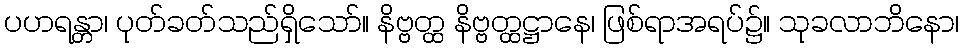
ပဟရန္တာ၊ ပုတ်ခတ်သည်ရှိသော်။ နိဗ္ဗတ္ထ နိဗ္ဗတ္ထဋ္ဌာနေ၊ ဖြစ်ရာအရပ်၌။ သုခလာဘိနော၊